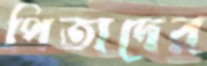
পিতাদের